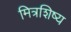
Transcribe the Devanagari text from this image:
मित्रशिष्य